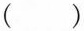
（ ）